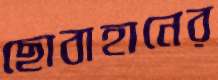
ছোবাহানের